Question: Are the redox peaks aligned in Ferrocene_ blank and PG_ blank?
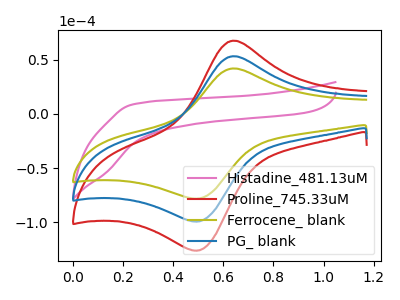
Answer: <think>The pink curve "Histadine_481.13uM" has no peaks. The red curve "Proline_745.33uM" has an anodic peak at (0.65V, 106.30uA) and a cathodic peak at (0.50V, -198.20uA). The olive curve "Ferrocene_ blank" has an anodic peak at (0.65V, 41.85uA) and a cathodic peak at (0.50V, -78.05uA). The blue curve "PG_ blank" has an anodic peak at (0.65V, 53.15uA) and a cathodic peak at (0.50V, -99.10uA).</think>
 <answer>Yes, "Ferrocene_ blank" have a peak in "PG_ blank" at the same potential.</answer>
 <eval>match</eval>